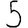
Digit: 5